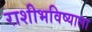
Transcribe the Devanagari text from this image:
राशीभविष्याला